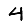
Digit: 4